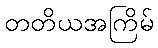
တတိယအကြိမ်